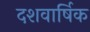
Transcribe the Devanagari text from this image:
दशवार्षिक